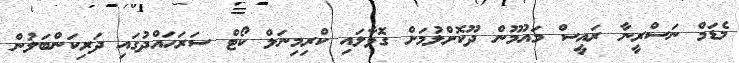
މެޑަމް ނަސްރީނާ ރައީސް މައުމޫން ދޫކޮށްލުމަށް ގޮވާލައި ކްރިމިނަލް ކޯޓް ސަރަހައްދުގައި ދަރިކަންބަލުން